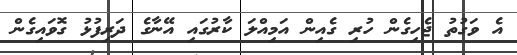
އެ ވަގުތު ޖެހިގެން ހުރި ގެއިން އަމިއްލަ ކާރުގައި އޭނާގެ ދަރިފުޅު ގޮވައިގެން